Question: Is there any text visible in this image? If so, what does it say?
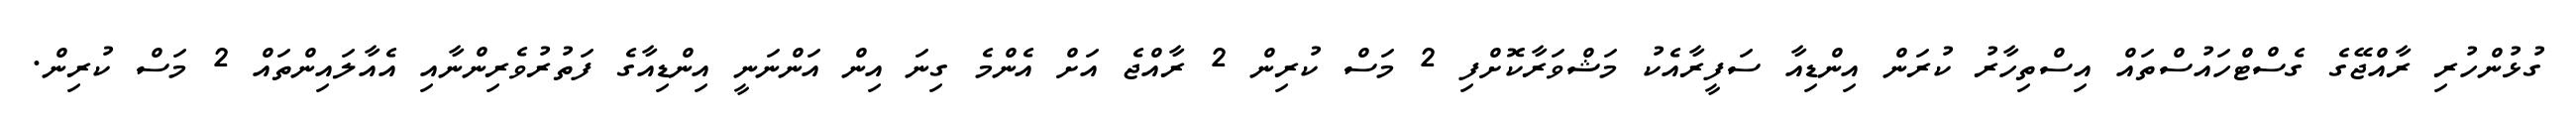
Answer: ގުޅުންހުރި ރާއްޖޭގެ ގެސްޓްހައުސްތައް އިސްތިހާރު ކުރަން އިންޑިއާ ސަފީރާއެކު މަޝްވަރާކޮށްފި 2 މަސް ކުރިން 2 ރާއްޖެ އަށް އެންމެ ގިނަ އިން އަންނަނީ އިންޑިއާގެ ފަތުރުވެރިންނާއި އެއާލައިންތައް 2 މަސް ކުރިން.